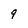
Character: 9